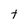
Character: t